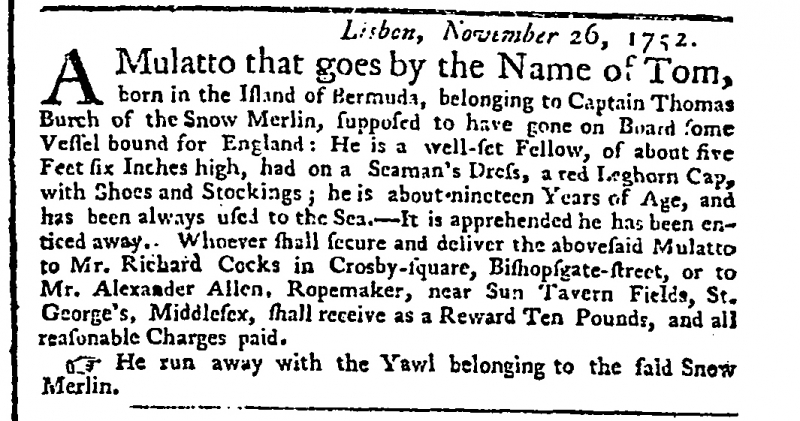
Public Advertiser, 20 February 1753 (England)
                          Lisbon, November 26, 1752.A Mulatto that goes by the Name of Tom, born in the Island of Bermuda, belonging to Captain Thomas Burch of the Snow Merlin, supposed to have gone on Board some Vessel bound for England: He is a well-set Fellow, of about five Feet six Inches high, had on a Seaman’s Dress, a red Leghorn Cap, with Shoes and Stockings; he is about nineteen Years of Age, and has been always used to the Sea. – It is apprehended he has been enticed away. Whoever shall secure and deliver the abovesaid Mulatto to Mr. Richard Cocks in Crosby-square, Bishopsgate-street, or to Mr. Alexander Allen, Ropemaker, near Sun Tavern Fields, St. George’s, Middlesex, shall receive as a Reward Ten Pounds, and all reasonable Charges paid.   He run away with the Yawl belonging to the said Snow Merlin.